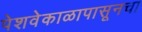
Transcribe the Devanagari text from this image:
पेशवेकाळापासूनचा